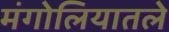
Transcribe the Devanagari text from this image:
मंगोलियातले